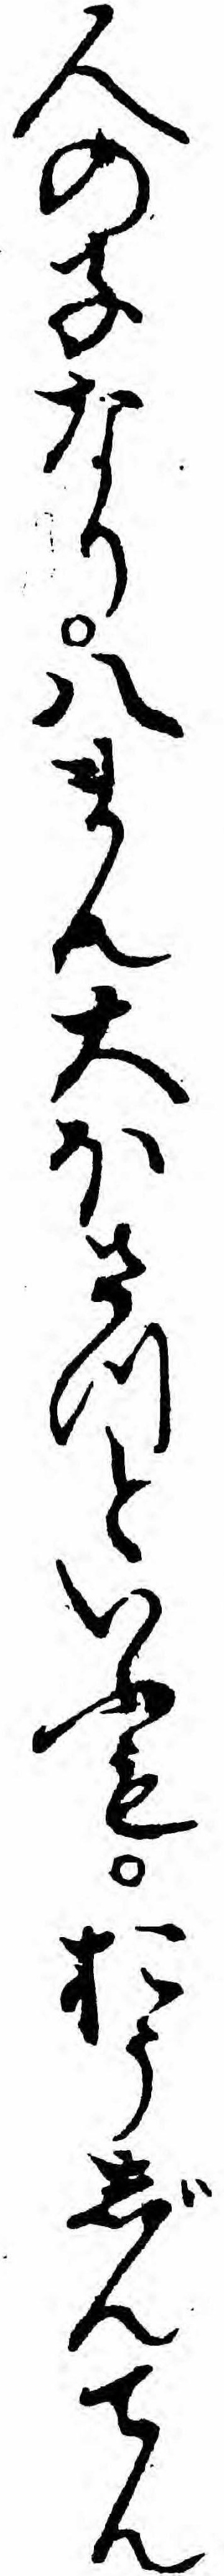
人の子なり八まん大ほさつといふもおうじんてん